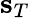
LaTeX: {\mathbf s}_{T}